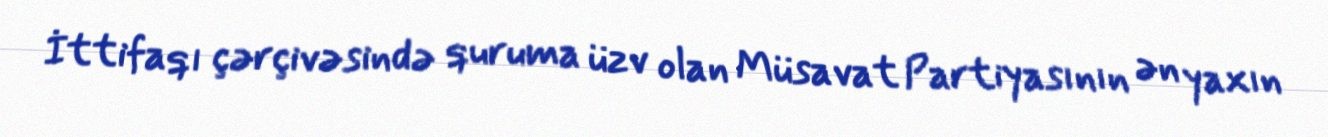
İttifaqı çərçivəsində quruma üzv olan Müsavat Partiyasının ən yaxın